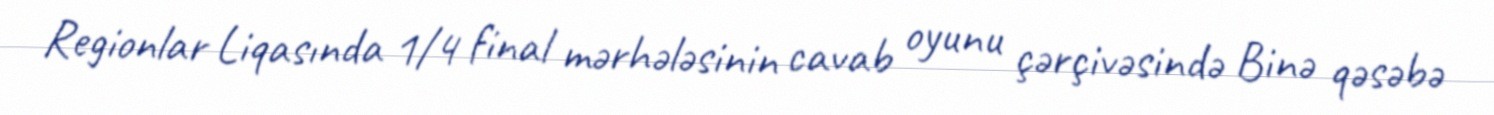
Regionlar Liqasında 1/4 final mərhələsinin cavab oyunu çərçivəsində Binə qəsəbə